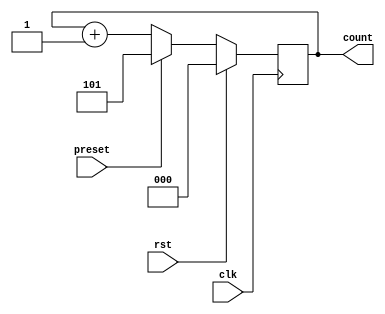
module binary_counter(
   input clk,
   input rst,
   input preset,
   output reg [2:0] count
);

// Sequential logic for binary counter
always @(posedge clk)
begin
   if (rst)
      count <= 3'b0;
   else if (preset)
      count <= 3'b101; //preset value for specific value
   else
      count <= count + 1;
end

endmodule